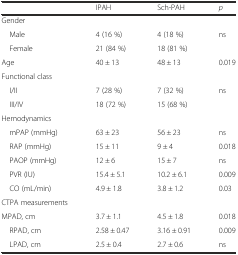
<table><thead><tr><td></td><td><b>IPAH</b></td><td><b>Sch-PAH</b></td><td><b><i>p</i></b></td></tr></thead><tbody><tr><td>Gender</td><td></td><td></td><td></td></tr><tr><td> Male</td><td>4 (16 %)</td><td>4 (18 %)</td><td>ns</td></tr><tr><td> Female</td><td>21 (84 %)</td><td>18 (81 %)</td><td></td></tr><tr><td>Age</td><td>40 ± 13</td><td>48 ± 13</td><td>0.019</td></tr><tr><td>Functional class</td><td></td><td></td><td></td></tr><tr><td> I/II</td><td>7 (28 %)</td><td>7 (32 %)</td><td>ns</td></tr><tr><td> III/IV</td><td>18 (72 %)</td><td>15 (68 %)</td><td></td></tr><tr><td>Hemodynamics</td><td></td><td></td><td></td></tr><tr><td> mPAP (mmHg)</td><td>63 ± 23</td><td>56 ± 23</td><td>ns</td></tr><tr><td> RAP (mmHg)</td><td>15 ± 11</td><td>9 ± 4</td><td>0.018</td></tr><tr><td> PAOP (mmHg)</td><td>12 ± 6</td><td>15 ± 7</td><td>ns</td></tr><tr><td> PVR (IU)</td><td>15.4 ± 5.1</td><td>10.2 ± 6.1</td><td>0.009</td></tr><tr><td> CO (mL/min)</td><td>4.9 ± 1.8</td><td>3.8 ± 1.2</td><td>0.03</td></tr><tr><td>CTPA measurements</td><td></td><td></td><td></td></tr><tr><td>MPAD, cm</td><td>3.7 ± 1.1</td><td>4.5 ± 1.8</td><td>0.018</td></tr><tr><td> RPAD, cm</td><td>2.58 ± 0.47</td><td>3.16 ± 0.91</td><td>0.009</td></tr><tr><td> LPAD, cm</td><td>2.5 ± 0.4</td><td>2.7 ± 0.6</td><td>ns</td></tr></tbody></table>